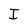
Character: I